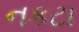
નકટા